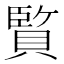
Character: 𮚕